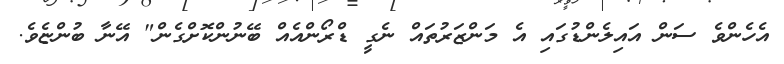
އެެހެންވެ ސަން އައިލެންޑުގައި އެ މަންޒަރުތައް ނެގީ ޑްރޯންއެއް ބޭނުންކޮށްގެން" އޭނާ ބުންޏެވެ.